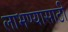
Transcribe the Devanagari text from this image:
लाभण्यासाठी